Leprosy in India: report of the Leprosy Commission in India, 1890-91
Year: 1890
Disease focus: Leprosy
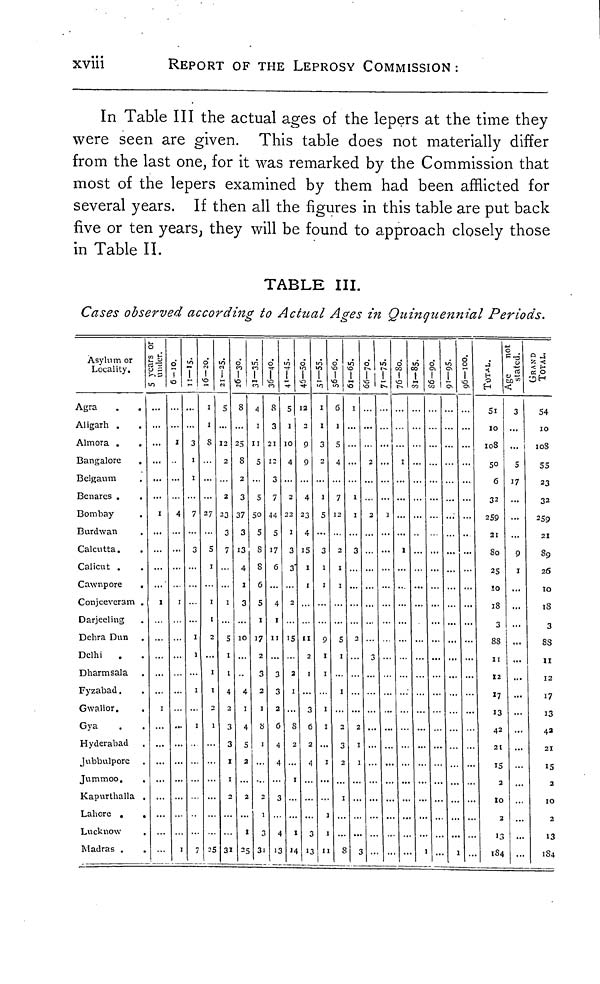
xviii
REPORT OF THE LEPROSY COMMISSION :
In Table III the actual ages of the lepers at the time they
were seen are given. This table does not materially differ
from the last one, for it was remarked by the Commission that
most of the lepers examined by them had been afflicted for
several years. If then all the figures in this table are put back
five or ten years, they will be found to approach closely those
in Table II.
TABLE III.
Cases observed according to Actual Ages in Quinquennial Periods.
Asylum or
Locality.
Agra
Aligarh .
.
Almora .
Bangalore
Belgaum
Benares .
Bombay
Burdwan
Calcutta.
Calicut .
Cawnpore
,
Conjeeveram .
Darjeeling
Delira Dun
Delhi
Dharmsala
Fyzabad
Gwalior.
Gya
Hyderabad
Jubbulpore
Jummoo.
Kapurthalla
Lahore .
Lucknow
Madras .
5 years or
under.
1
I
1
6-10.
I
4
1
11-15.
3
1
I
7
3
16-20.
1
1
8
27
5
1
1
1
2
1
1
2
1
7
21-25.
2
2
2
26-30.
8
2
3
37
3
13
4
I
3
10
4
5
4
5
2
I
2 5
31-35.
4
1
11
5
5
50
5
8
8
6
5
1
17
2
3
2
36-40.
8
3
21
3
7
44
5
17
6
11
3
4
13
41-45.
5
1
10
4
2
1
3
3
2
15
2
1
8
2 1 1 14
46-50.
2
2
9
9
4
3
4
1
11
2
1
3 6 2 4 3 13
51-55.
3
2
1
5
3
1
1
9
1
1
1
1
1
11
1
56-60.
1
1
61-65.
1
1
3
2
1
1
1
8
66-70.
2
2
...
71-75.
76-80.
1
...
1
81-85. 86-90.
91-95. 96-100. TOTAL
51
10
108
50
6
32
259
21
80
25
10
18
3
88
11
12
17
13
4 2
2
I
I3
I
184
Age not stated.
3
5
17
9
1
...
2
3 ...
4 ...
TOTAL.
54
10
108
55
23
32
259
21
89
26
10
18
3
88
11
12
17
13
4 2
21
15
2
10
2
13
184